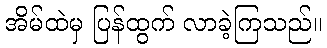
အိမ်ထဲမှ ပြန်ထွက် လာခဲ့ကြသည်။